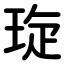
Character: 琁